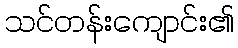
သင်တန်းကျောင်း၏